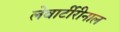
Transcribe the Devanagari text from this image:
लेवार्टीरीनाल